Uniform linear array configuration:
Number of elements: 32
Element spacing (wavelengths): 1
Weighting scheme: uniform
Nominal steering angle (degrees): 30
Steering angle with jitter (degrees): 31.654
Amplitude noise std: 0.05
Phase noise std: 0.05

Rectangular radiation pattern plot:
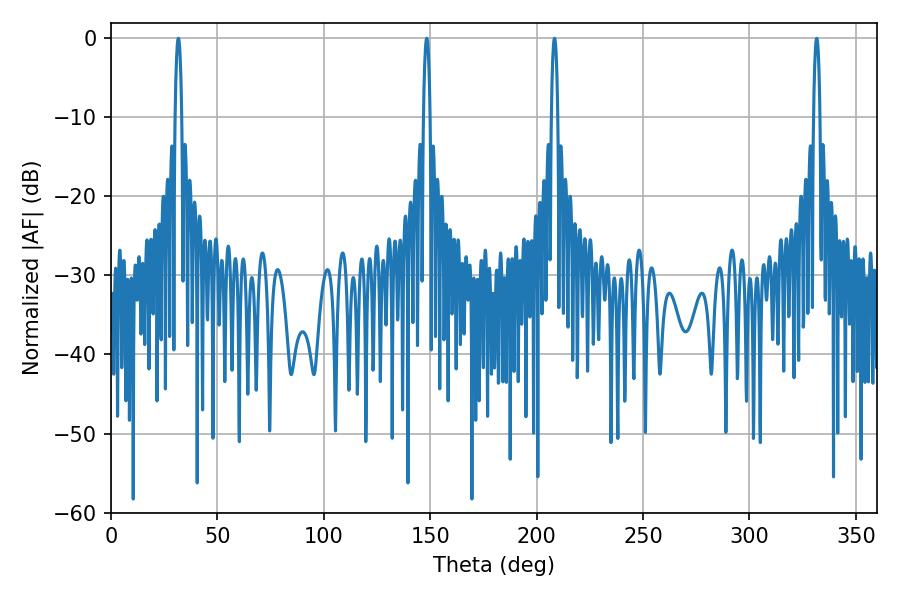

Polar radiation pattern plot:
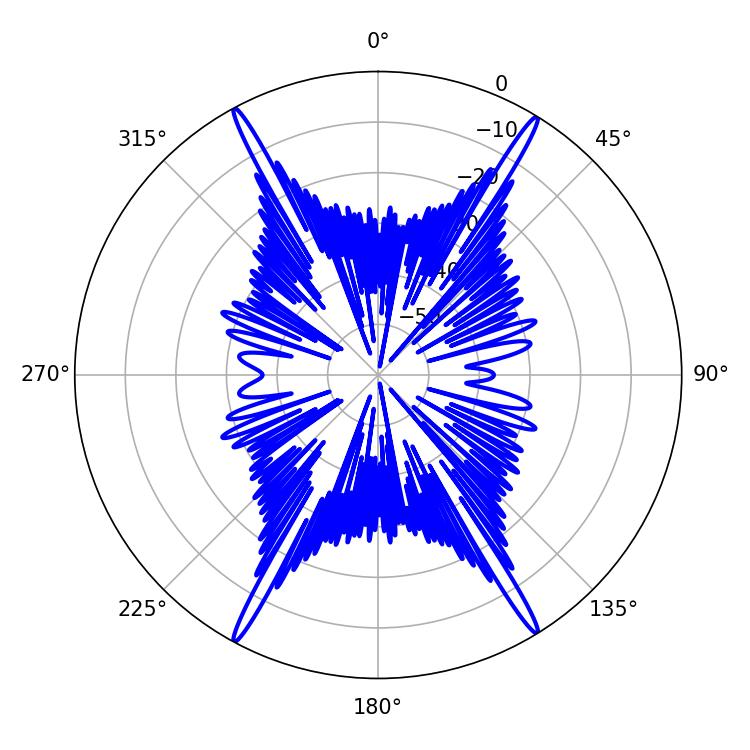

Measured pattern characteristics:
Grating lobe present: TRUE
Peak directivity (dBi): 26.3
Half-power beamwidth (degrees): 1.62
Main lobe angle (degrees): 148.32